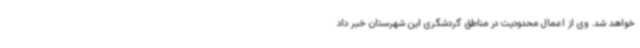
خواهد شد. وی از اعمال محدودیت در مناطق گردشگری این شهرستان خبر داد